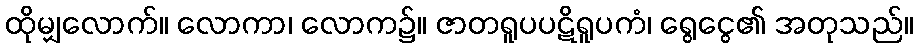
ထိုမျှလောက်။ လောကာ၊ လောက၌။ ဇာတရူပပဋိရူပကံ၊ ရွေငွေ၏ အတုသည်။